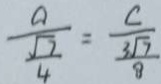
\frac { a } { \frac { \sqrt { 7 } } { 4 } } = \frac { c } { \frac { 3 \sqrt { 7 } } { 8 } }